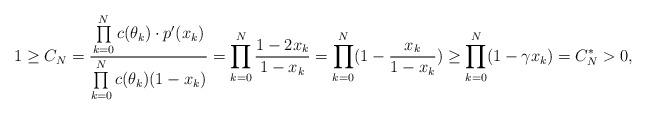
LaTeX: \begin{align*}1 \geq C_N = \frac{\prod \limits_{k=0}^N c(\theta_k) \cdot p'(x_k)}{\prod \limits_{k=0}^N c(\theta_k)(1-x_k)} = \prod \limits_{k=0}^N \frac{1 - 2x_k}{1 - x_k} = \prod \limits_{k=0}^N (1 - \frac{x_k}{1 - x_k}) \geq \prod \limits_{k=0}^N (1 - \gamma x_k) = C_N^* > 0,\end{align*}